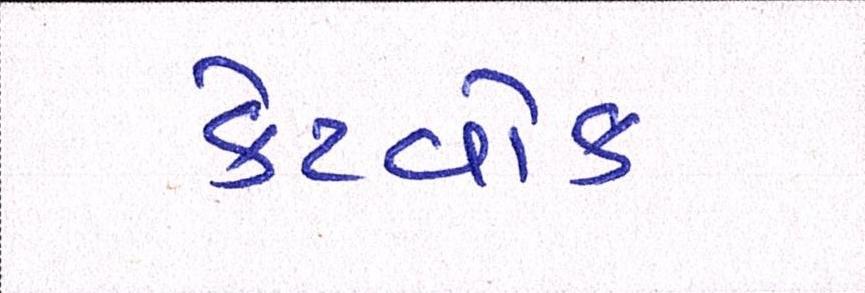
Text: કેટવોક